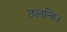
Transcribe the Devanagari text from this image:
छलन्हि।